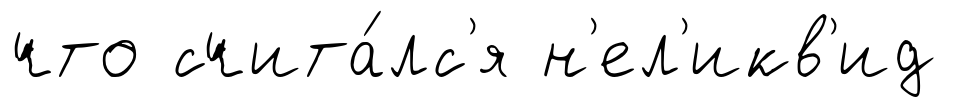
что счита́лс'я н'ел'икв'ид